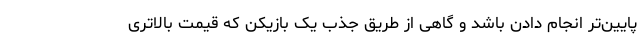
پایین‌تر انجام دادن باشد و گاهی از طریق جذب یک بازیکن که قیمت بالاتری